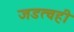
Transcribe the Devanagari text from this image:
जडत्वही